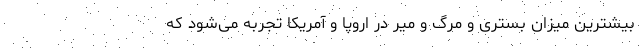
بیشترین میزان بستری و مرگ و میر در اروپا و آمریکا تجربه می‌شود که